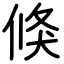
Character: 倏